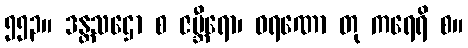
၅၅၃။ ဒန္တသဌော စ ဇမ္ဘီရော၊ ဝရဏော တု ကရေရိ စ။